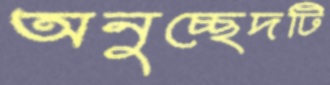
অনুচ্ছেদটি